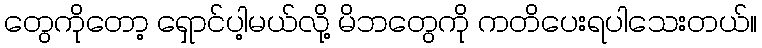
တွေကိုတော့ ရှောင်ပါ့မယ်လို့ မိဘတွေကို ကတိပေးရပါသေးတယ်။